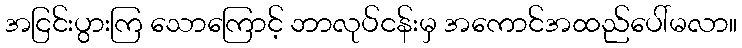
အငြင်းပွားကြ သောကြောင့် ဘာလုပ်ငန်းမှ အကောင်အထည်ပေါ်မလာ။